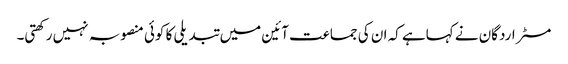
مسٹر اردگان نے کہاہے کہ ان کی جماعت آئین میں تبدیلی کا کوئی منصوبہ نہیں رکھتی۔